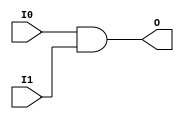
// $Header: /devl/xcs/repo/env/Databases/CAEInterfaces/xec_libs/data/unisims/AND2.v,v 1.1 2005/05/10 01:20:03 wloo Exp $

/*

FUNCTION	: 2-INPUT AND GATE

*/

`celldefine
`timescale  100 ps / 10 ps

module AND2 (O, I0, I1);

    output O;

    input  I0, I1;

    and A1 (O, I0, I1);

endmodule